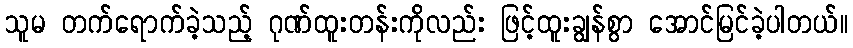
သူမ တက်ရောက်ခဲ့သည့် ဂုဏ်ထူးတန်းကိုလည်း ဖြင့်ထူးချွန်စွာ အောင်မြင်ခဲ့ပါတယ်။